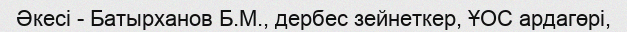
Әкесі - Батырханов Б.М., дербес зейнеткер, ҰОС ардагөрі,